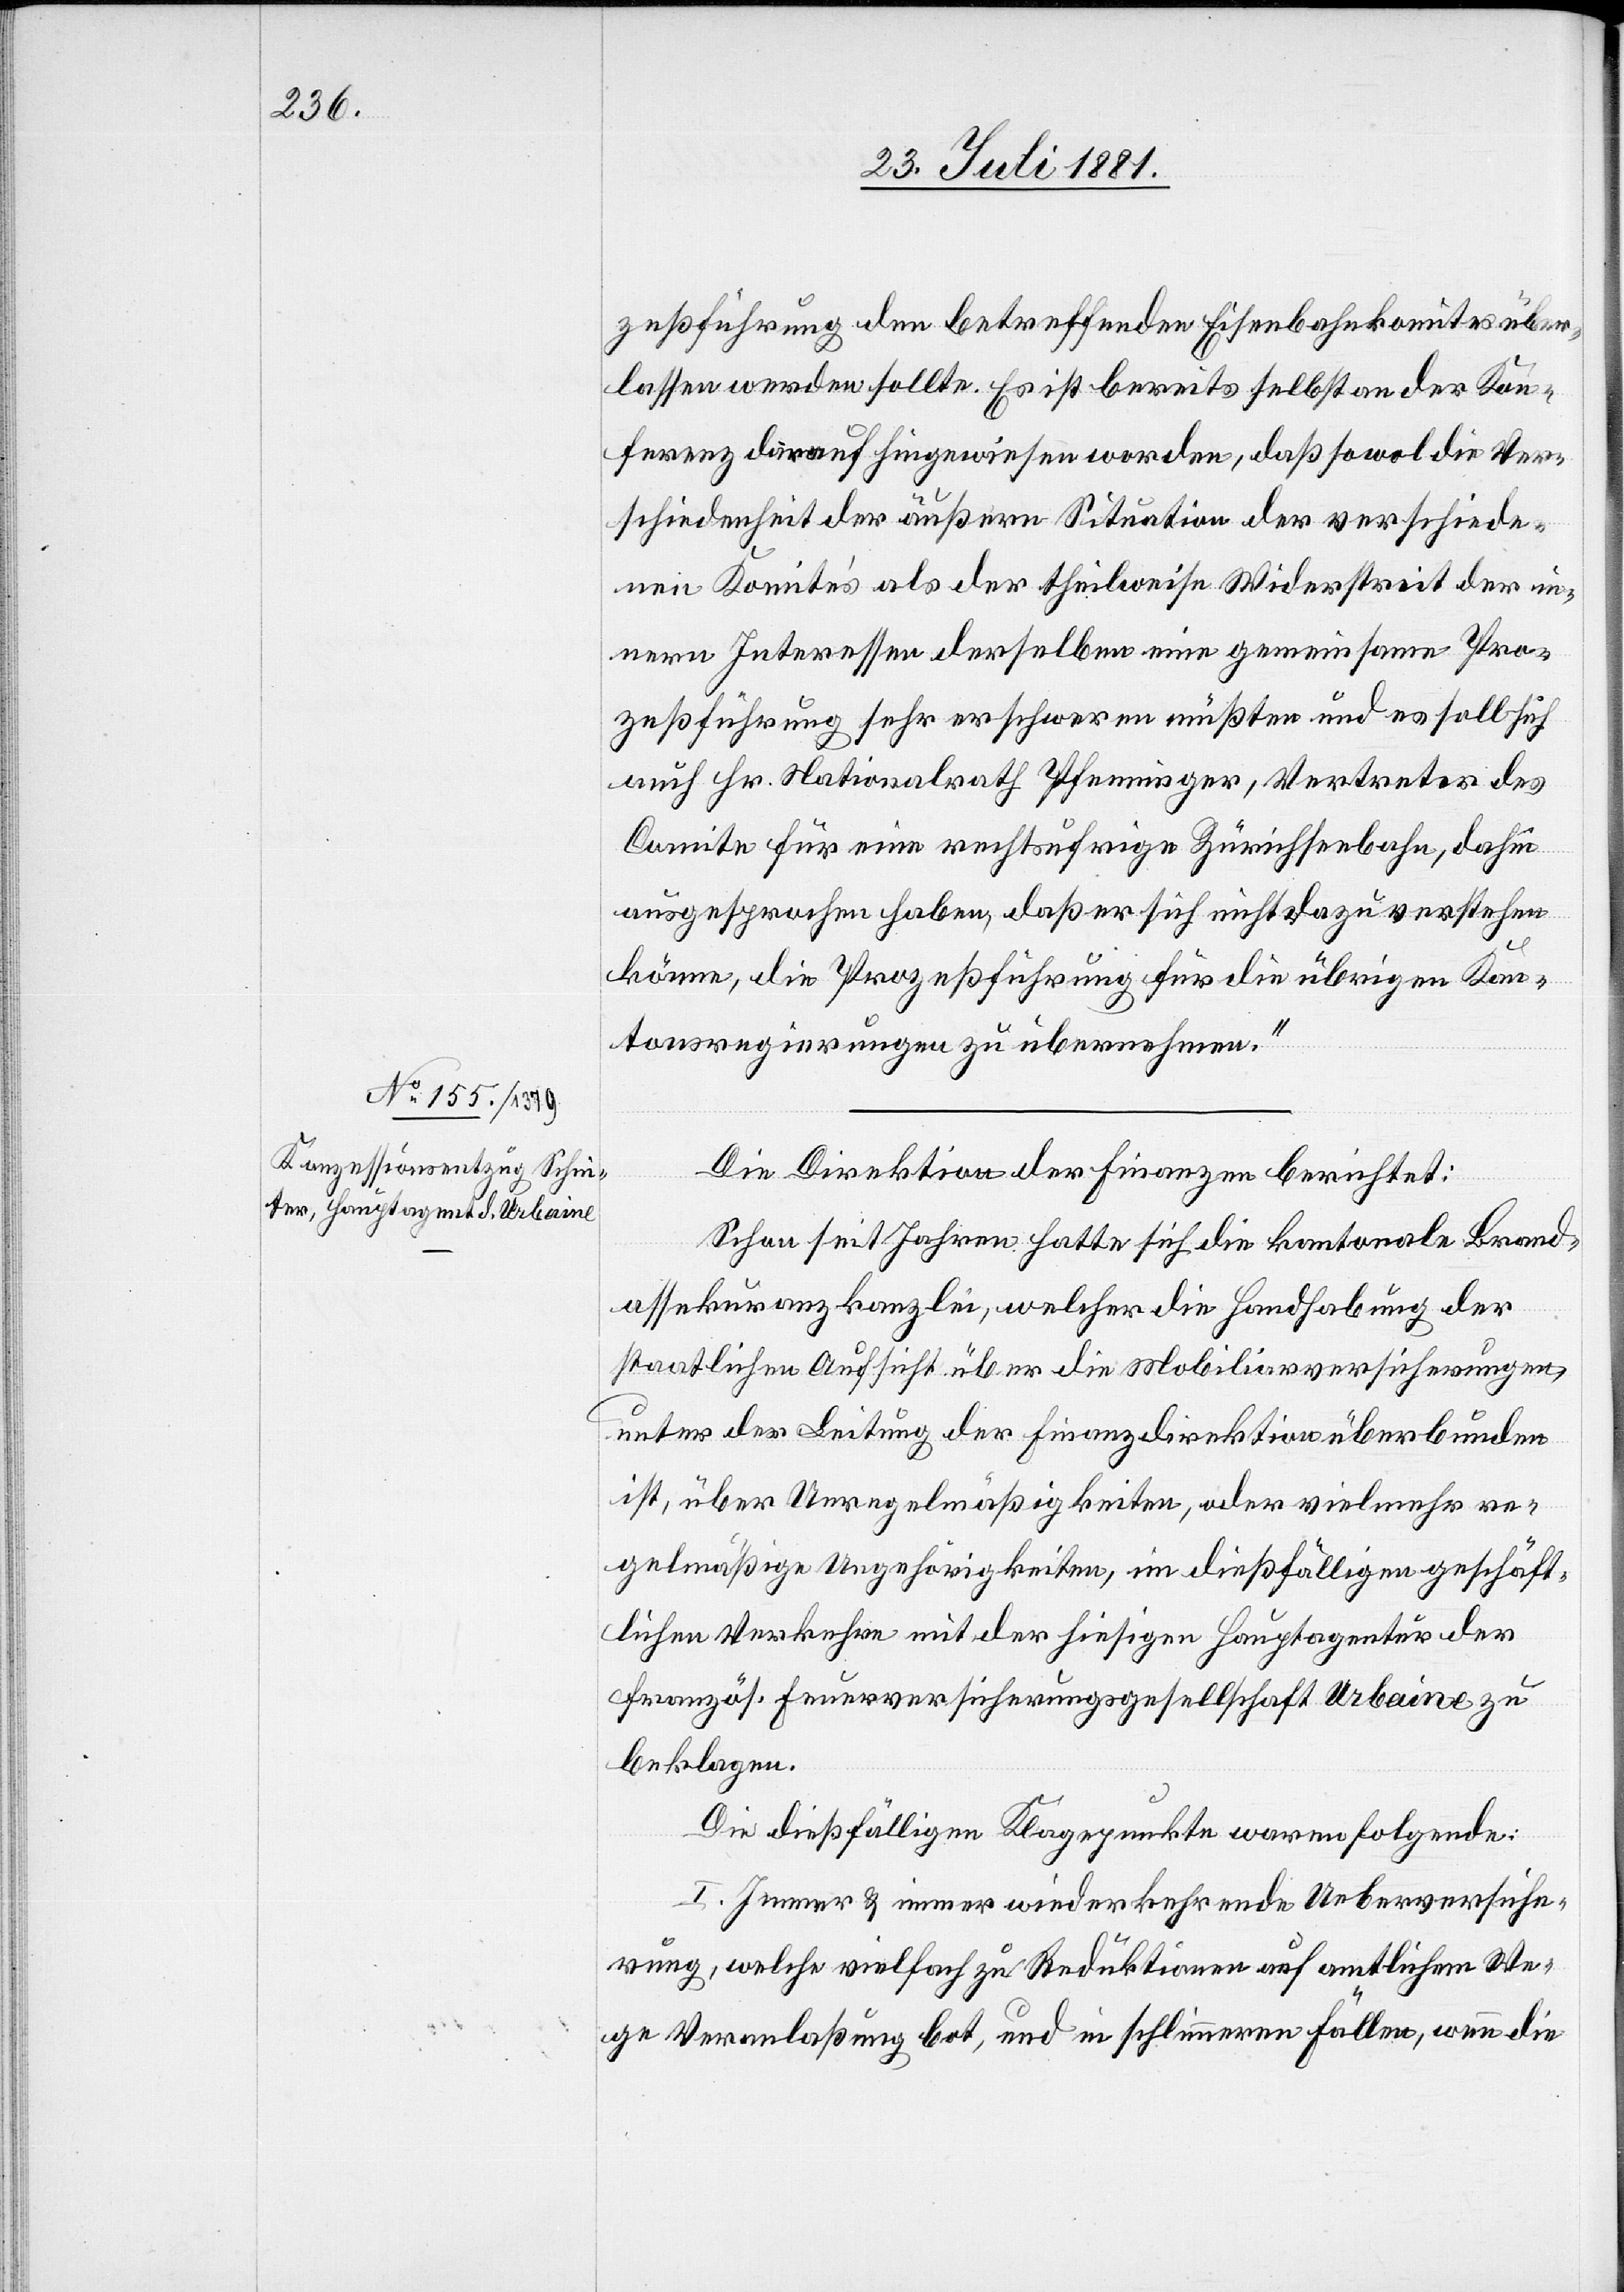
zeßführung den betreffenden Eisenbahnkomites über¬
lassen werden sollte. Es ist bereits selbst an der Kon¬
ferenz darauf hingewiesen worden, daß sowol die Ver¬
schiedenheit der äußern Situation der verschiede¬
nen Komites als der theilweise Widerstreit der in¬
nern Interessen derselben eine gemeinsame Pro¬
zeßführung sehr erschweren müßten und es soll sich
auch Hr. Nationalrath Pfenninger, Vertreter des
Comite für eine rechtsufrige Zürichseebahn, dahin
ausgesprochen haben, daß er sich nicht dazu verstehen
könne, die Prozeßführung für die übrigen Kan¬
tonsregierungen zu übernehmen.“
Die Direktion der Finanzen berichtet:
Schon seit Jahren hatte sich die kantonale Brand¬
assekuranzkanzlei, welcher die Handhabung der
staatlichen Aufsicht über die Mobiliarversicherungen,
unter der Leitung der Finanzdirektion überbunden
ist, über Unregelmäßigkeiten, oder vielmehr re¬
gelmäßige Ungehörigkeiten, im dießfälligen geschäft¬
lichen Verkehre mit der hiesigen Hauptagentur der
französ. Feuerversicherungsgesellschaft Urbaine zu
beklagen.
Die dießfälligen Klagepunkte waren folgende:
I. Immer & immer wiederkehrende Ueberversiche¬
rung, welche vielfach zu Reduktionen auf amtlichen We¬
ge Veranlaßung bot, und in schlimmeren Fällen, wenn die